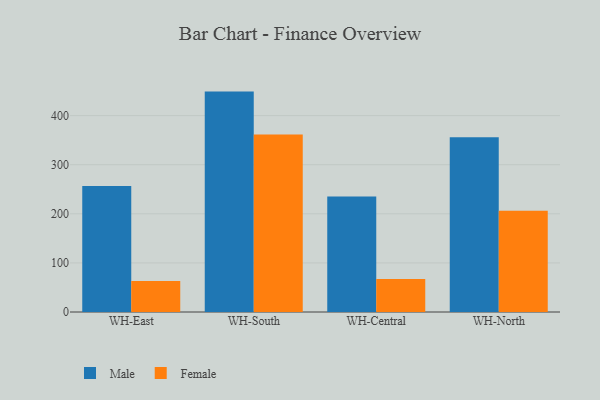
{"axis": {"x": "Warehouse", "y": "Churn Rate (%)"}, "legend": ["Female", "Male"], "data": [{"x": "WH-East", "y": 256.6, "type": "Male"}, {"x": "WH-East", "y": 63.0, "type": "Female"}, {"x": "WH-South", "y": 448.9, "type": "Male"}, {"x": "WH-South", "y": 361.5, "type": "Female"}, {"x": "WH-Central", "y": 235.2, "type": "Male"}, {"x": "WH-Central", "y": 67.4, "type": "Female"}, {"x": "WH-North", "y": 355.8, "type": "Male"}, {"x": "WH-North", "y": 206.4, "type": "Female"}]}